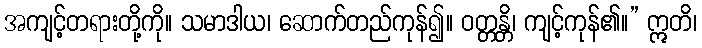
အကျင့်တရားတို့ကို။ သမာဒါယ၊ ဆောက်တည်ကုန်၍။ ဝတ္တန္တိ၊ ကျင့်ကုန်၏။” ဣတိ၊